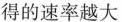
得的速率越大